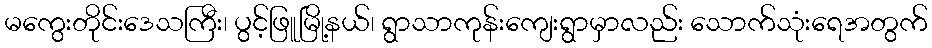
မကွေးတိုင်းဒေသကြီး၊ ပွင့်ဖြူမြို့နယ်၊ ရွာသာကုန်းကျေးရွာမှာလည်း သောက်သုံးရေအတွက်